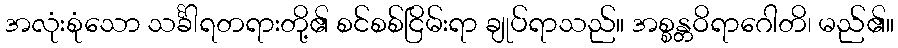
အလုံးစုံသော သင်္ခါရတရားတို့၏ စင်စစ်ငြိမ်းရာ ချုပ်ရာသည်။ အစ္စန္တဝိရာဂေါတိ၊ မည်၏။